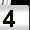
Digit: 4